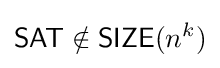
{\mathsf {SAT}}\notin {\mathsf {SIZE}}(n^{k})